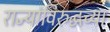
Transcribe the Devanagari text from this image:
राज्यांविरुद्धच्या